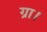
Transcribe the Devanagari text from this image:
ग्रा।